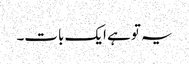
یہ تو ہے ایک بات۔